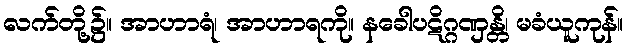
လက်တို့၌။ အာဟာရံ၊ အာဟာရကို။ နခေါပဋိဂ္ဂဏှန္တိ၊ မခံယူကုန်။